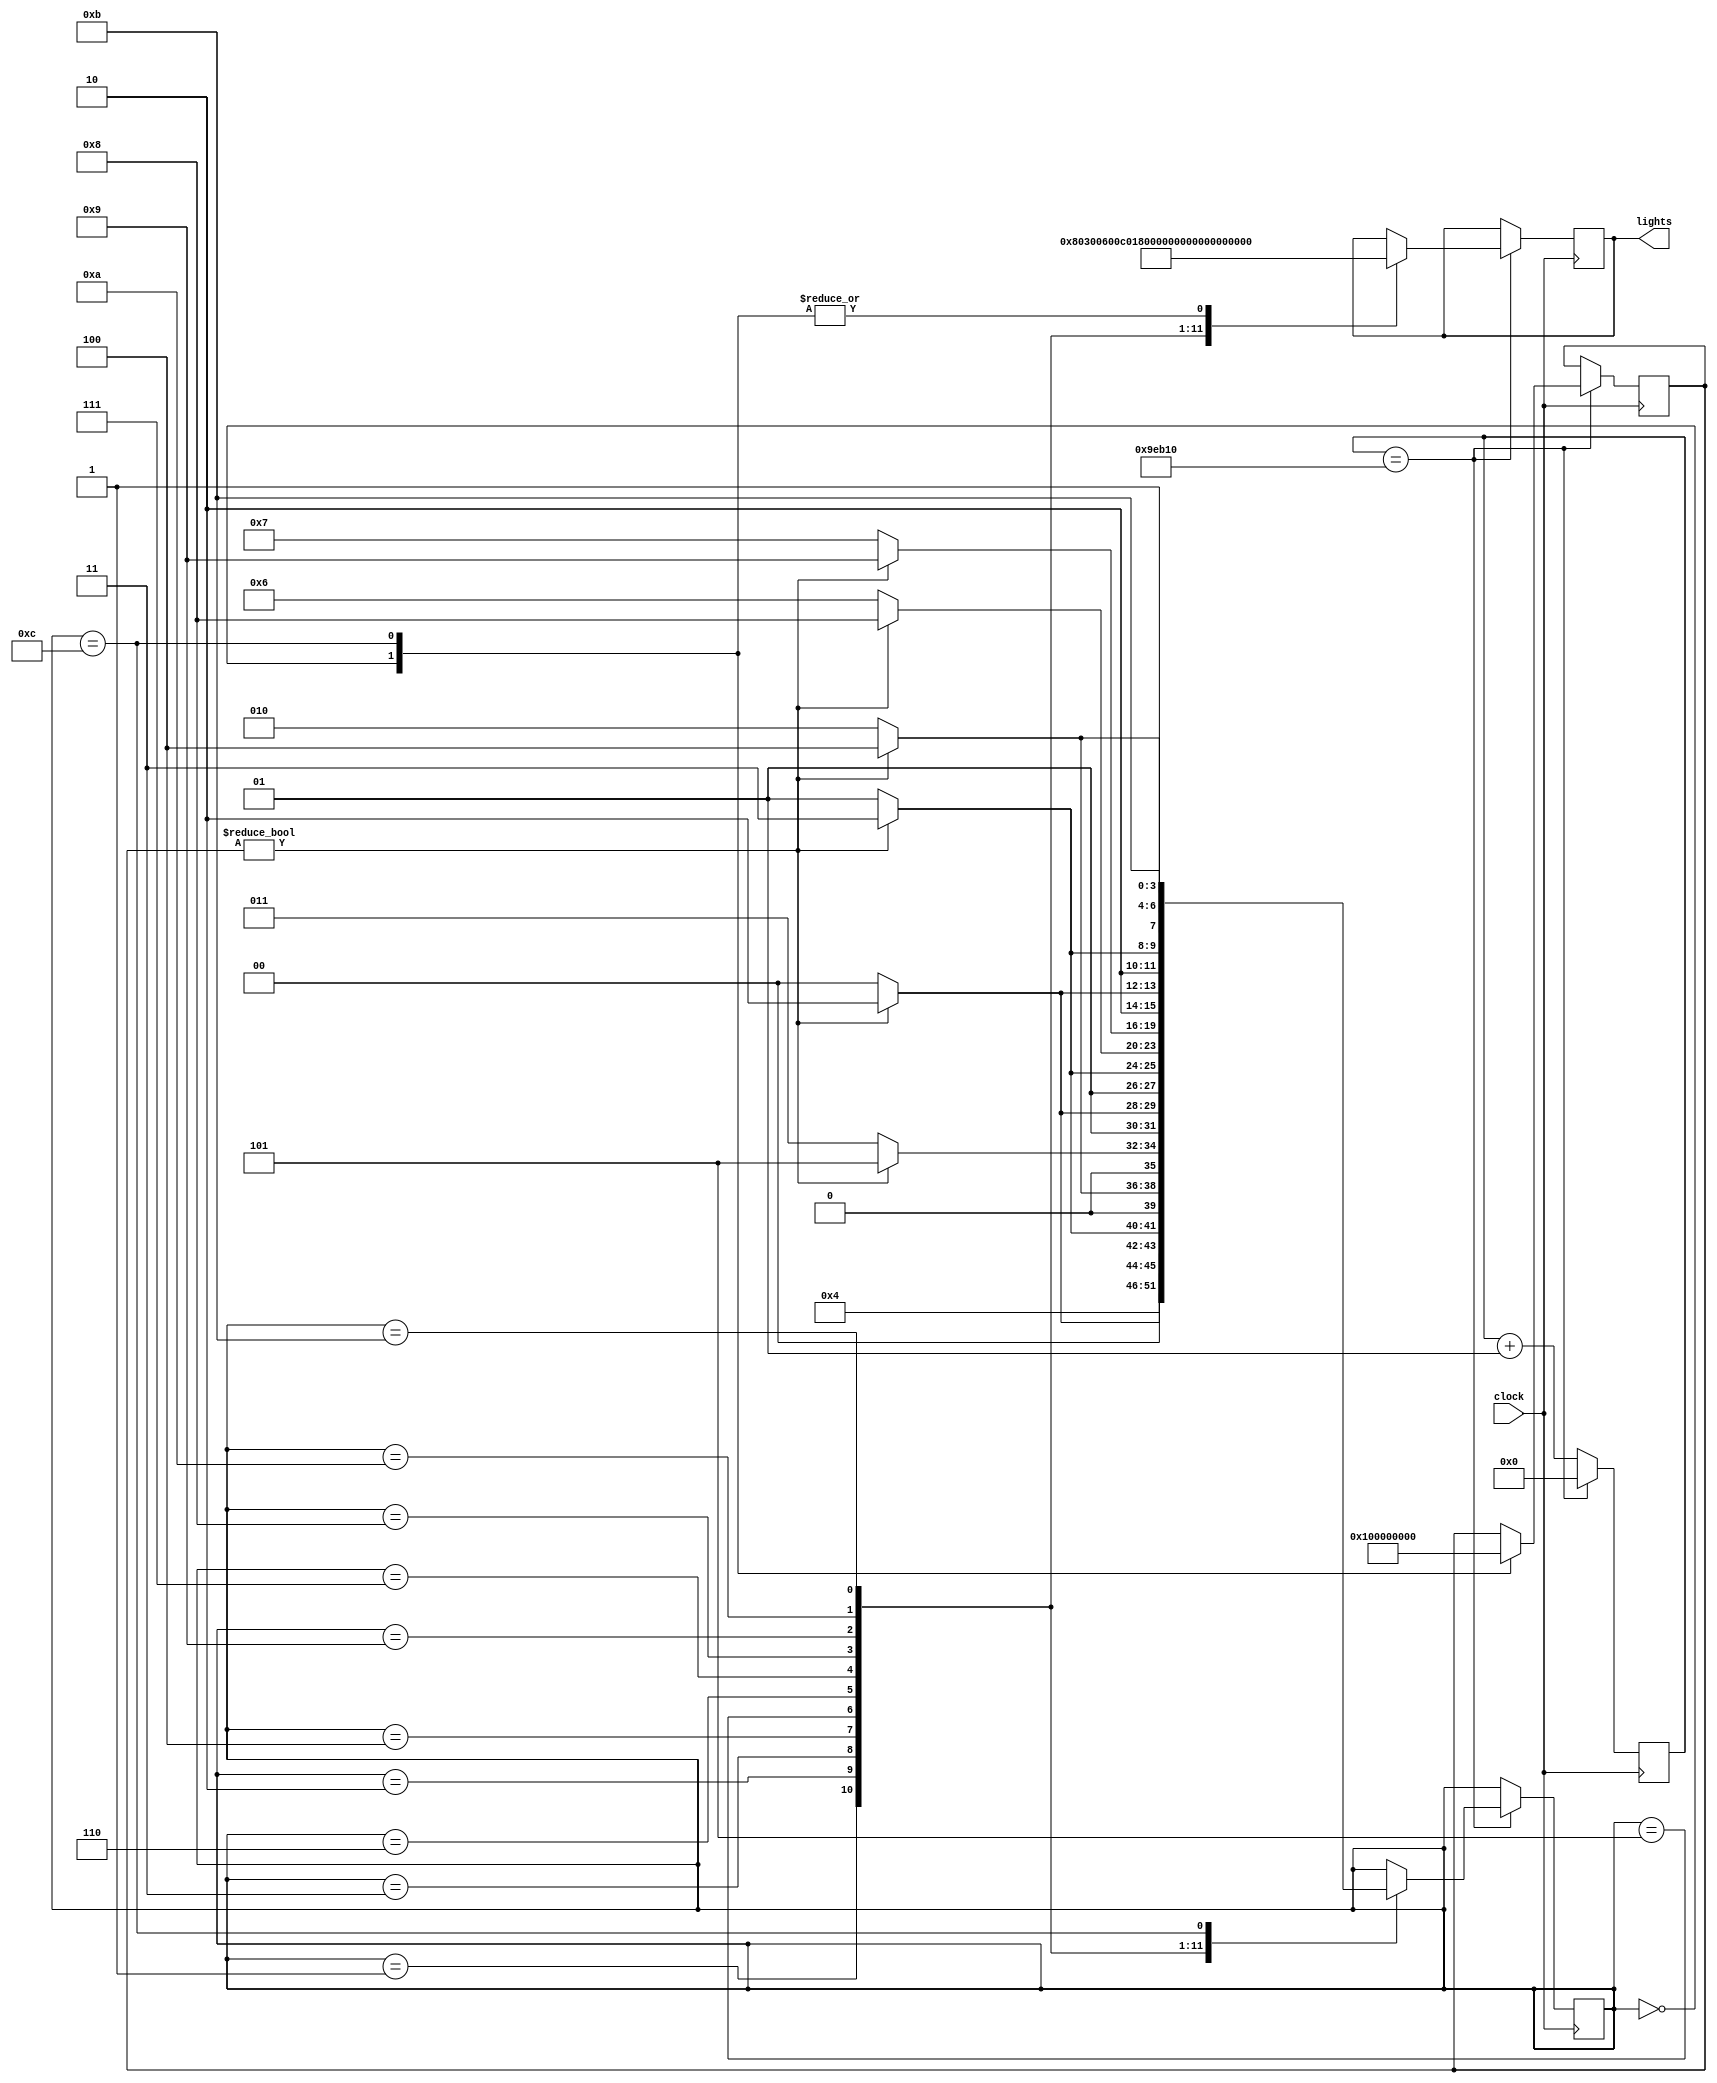
module MAGIC(clock, lights);
	input clock;
	output reg [9:0] lights;
	reg [3:0] state;
	initial state=4'b0000;
	integer counter;
	integer forward;
	
	
	parameter A=10'b0000000000;
	parameter B=10'b1000000000;
	parameter C=10'b1100000000;
	parameter D=10'b0110000000;
	parameter E=10'b0011000000;
	parameter F=10'b0001100000;
	parameter G=10'b0000110000;
	parameter H=10'b0000011000;
	parameter I=10'b0000001100;
	parameter J=10'b0000000110;
	parameter K=10'b0000000011;
	parameter L=10'b0000000001;
	parameter M=10'b0000000000;
	
	always@(posedge clock)
		if(counter ==650000) begin //650,000 cycles
		case(state)
			4'b0000: begin
							lights=A;
							state=4'b0001;
							forward=1;
						end
			4'b0001: begin
							lights=B;
							if (forward) state=4'b0010;
							else state=4'b0000;
						end
			4'b0010: begin
							lights=C;
							if (forward) state=4'b0011;
							else state=4'b0001;
						end
			4'b0011: begin
							lights=D;
							if (forward) state=4'b0100;
							else state=4'b0010;
						end
			4'b0100: begin
							lights=E;
							if (forward) state=4'b0101;
							else state=4'b0011;
						end
			4'b0101: begin 
							lights=F;
							if (forward) state=4'b0110;
							else state=4'b0100;
						end
			4'b0110: begin 
							lights=G;
							if (forward) state=4'b0111;
							else state=4'b0101;
						end
			4'b0111: begin 
							lights=H;
							if (forward) state=4'b1000;
							else state=4'b0110;
						end
			4'b1000: begin 
							lights=I;
							if (forward) state=4'b1001;
							else state=4'b0111;
						end
			4'b1001: begin 
							lights=J;
							if (forward) state=4'b1010;
							else state=4'b1000;
						end
			4'b1010: begin 
							lights=K;
							if (forward) state=4'b1011;
							else state=4'b1001;
						end
			4'b1011: begin 
							lights=L;
							if (forward) state=4'b1100;
							else state=4'b1010;
						end
			4'b1100: begin 
							lights=M;
							state=4'b1011;
							forward=0;
						end			
		endcase
		counter =0;
		end else begin
			counter=counter +1;
		end
			
	

endmodule